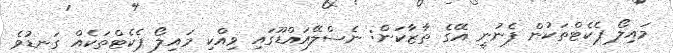
މައިލޯ ޕެކެޓްތަކުން ފެނުނީ އޭގެ ތާޒާކަން: ނެސްލޭއައްޑޫގައި ވިއްކި މައިލޯ ޕެކެޓްތަކެއް ގަނޑުވެ